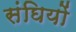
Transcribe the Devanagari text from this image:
संघियों